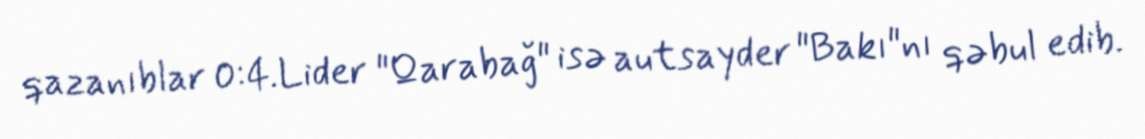
qazanıblar 0:4.Lider "Qarabağ" isə autsayder "Bakı"nı qəbul edib.